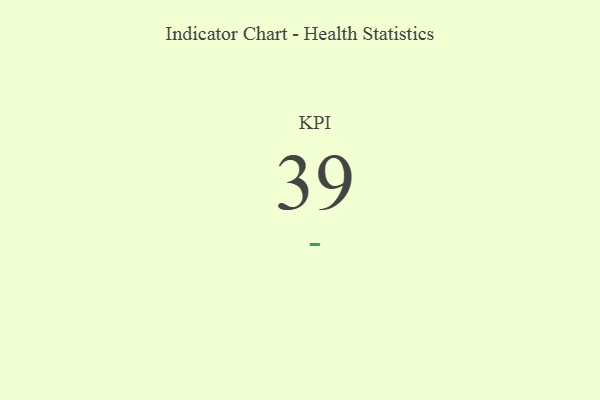
{"axis": {"x": "KPI", "y": "Value"}, "legend": [""], "data": [{"x": "KPI", "y": 39, "type": ""}]}